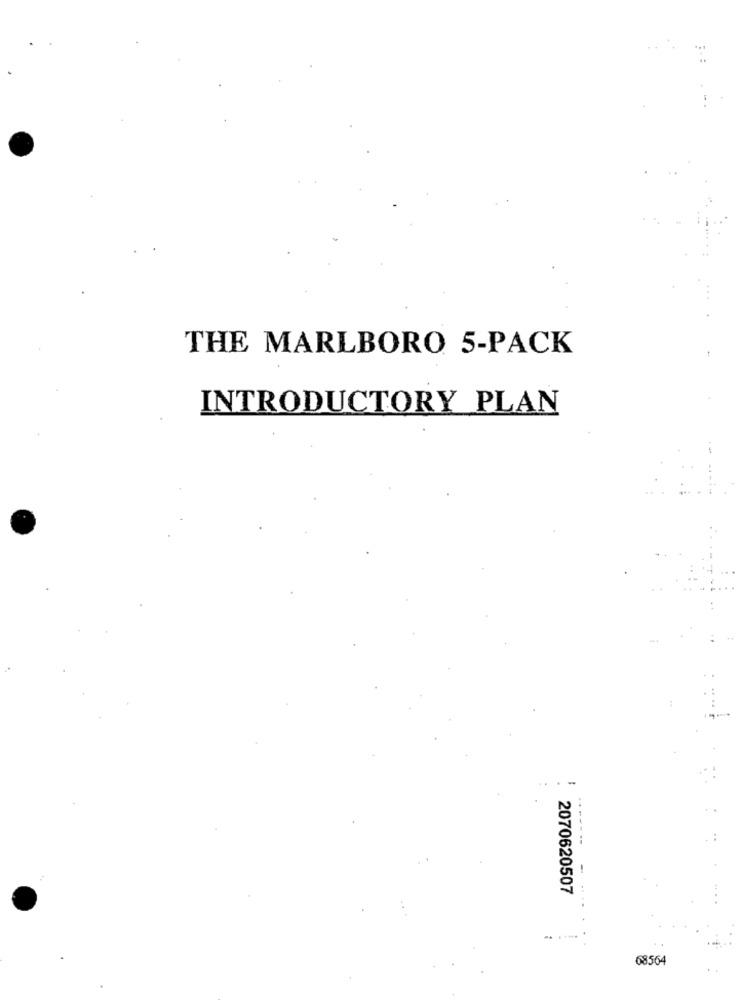
THE MARLBORO 5-PACK
INTRODUCTORY PLAN
----
2070620507
.. ....
68564